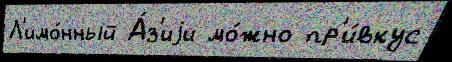
Л'имо́нный А́з'иjи мо́жно пр'и́вкус